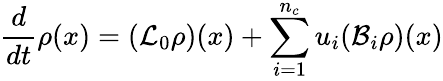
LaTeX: \frac{d}{dt}\rho(x)=(\mathcal{L}_{0}\rho)(x)+\sum_{i=1}^{n_{c}}u_{i}(\mathcal{B}_{i}\rho)(x)